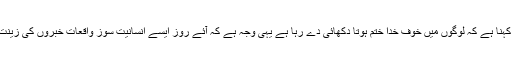
کچھ صارفین کا کہنا ہے کہ لوگوں میں خوف خدا ختم ہوتا دکھائی دے رہا ہے یہی وجہ ہے کہ آئے روز ایسے انسانیت سوز واقعات خبروں کی زینت بنے رہتے ہیں۔